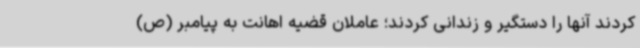
کردند آنها را دستگیر و زندانی کردند؛ عاملان قضیه اهانت به پیامبر (ص)